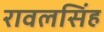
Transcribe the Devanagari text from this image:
रावलसिंह